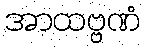
အာထဗ္ဗဏံ